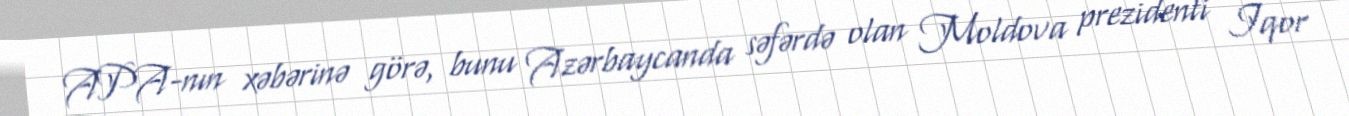
APA-nın xəbərinə görə, bunu Azərbaycanda səfərdə olan Moldova prezidenti İqor